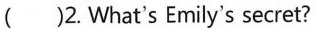
( )2. What's Emily's secret?